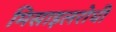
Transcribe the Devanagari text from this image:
मिसाइलरोधी